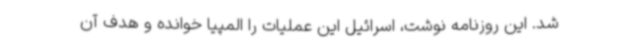
شد. این روزنامه نوشت، اسرائیل این عملیات را المپیا خوانده و هدف آن